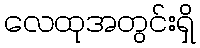
လေထုအတွင်းရှိ